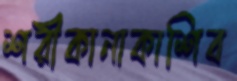
শরীকানাকাশিব